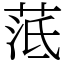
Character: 䓜